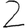
Digit: 2